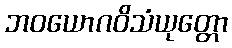
ဘဝယောဂဝိသံယုတ္တော